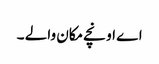
اے اونچے مکان والے ۔